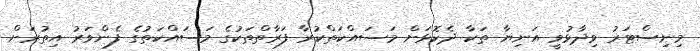
މިނިސްޓަރު ވިދާޅުވީ އަނިޔާ ތަކާ ދެކޮޅަށް މަސައްކަތްކުރާ ފަރާތްތަކުގެ މަސައްކަތުގެ ފެންވަރު އިތުރަށް